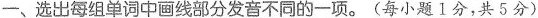
一、选出每组单词中画线部分发音不同的一项。(每小题1分，共5分)